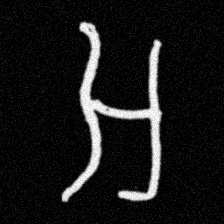
Pyu character \u2014 Myanmar letter: အ (romanized: a)